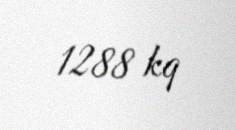
1288 kq